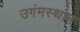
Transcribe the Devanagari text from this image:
उगंमस्थान